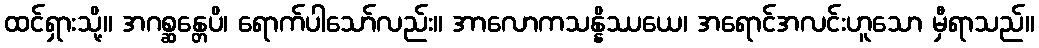
ထင်ရှားသို့။ အဂစ္ဆန္တေပိ၊ ရောက်ပါသော်လည်း။ အာလောကသန္နိဿယေ၊ အရောင်အလင်းဟူသော မှီရာသည်။